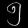
Digit: ၅